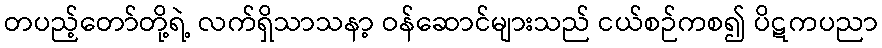
တပည့်တော်တို့ရဲ့ လက်ရှိသာသနာ့ ဝန်ဆောင်များသည် ငယ်စဉ်ကစ၍ ပိဋကပညာ